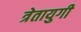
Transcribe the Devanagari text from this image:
त्रेतायुगी